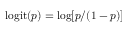
\mathrm { l o g i t } ( p ) = \log [ p / ( 1 - p ) ]